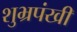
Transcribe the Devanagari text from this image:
शुभ्रपंखी